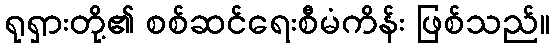
ရုရှားတို့၏ စစ်ဆင်ရေးစီမံကိန်း ဖြစ်သည်။